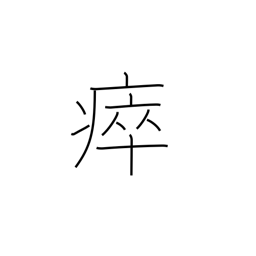
Meaning: take sick